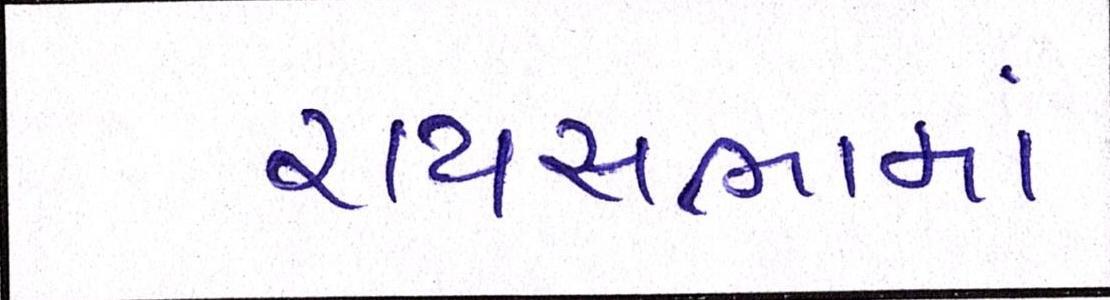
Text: રાયસભામાં